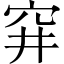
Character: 穽